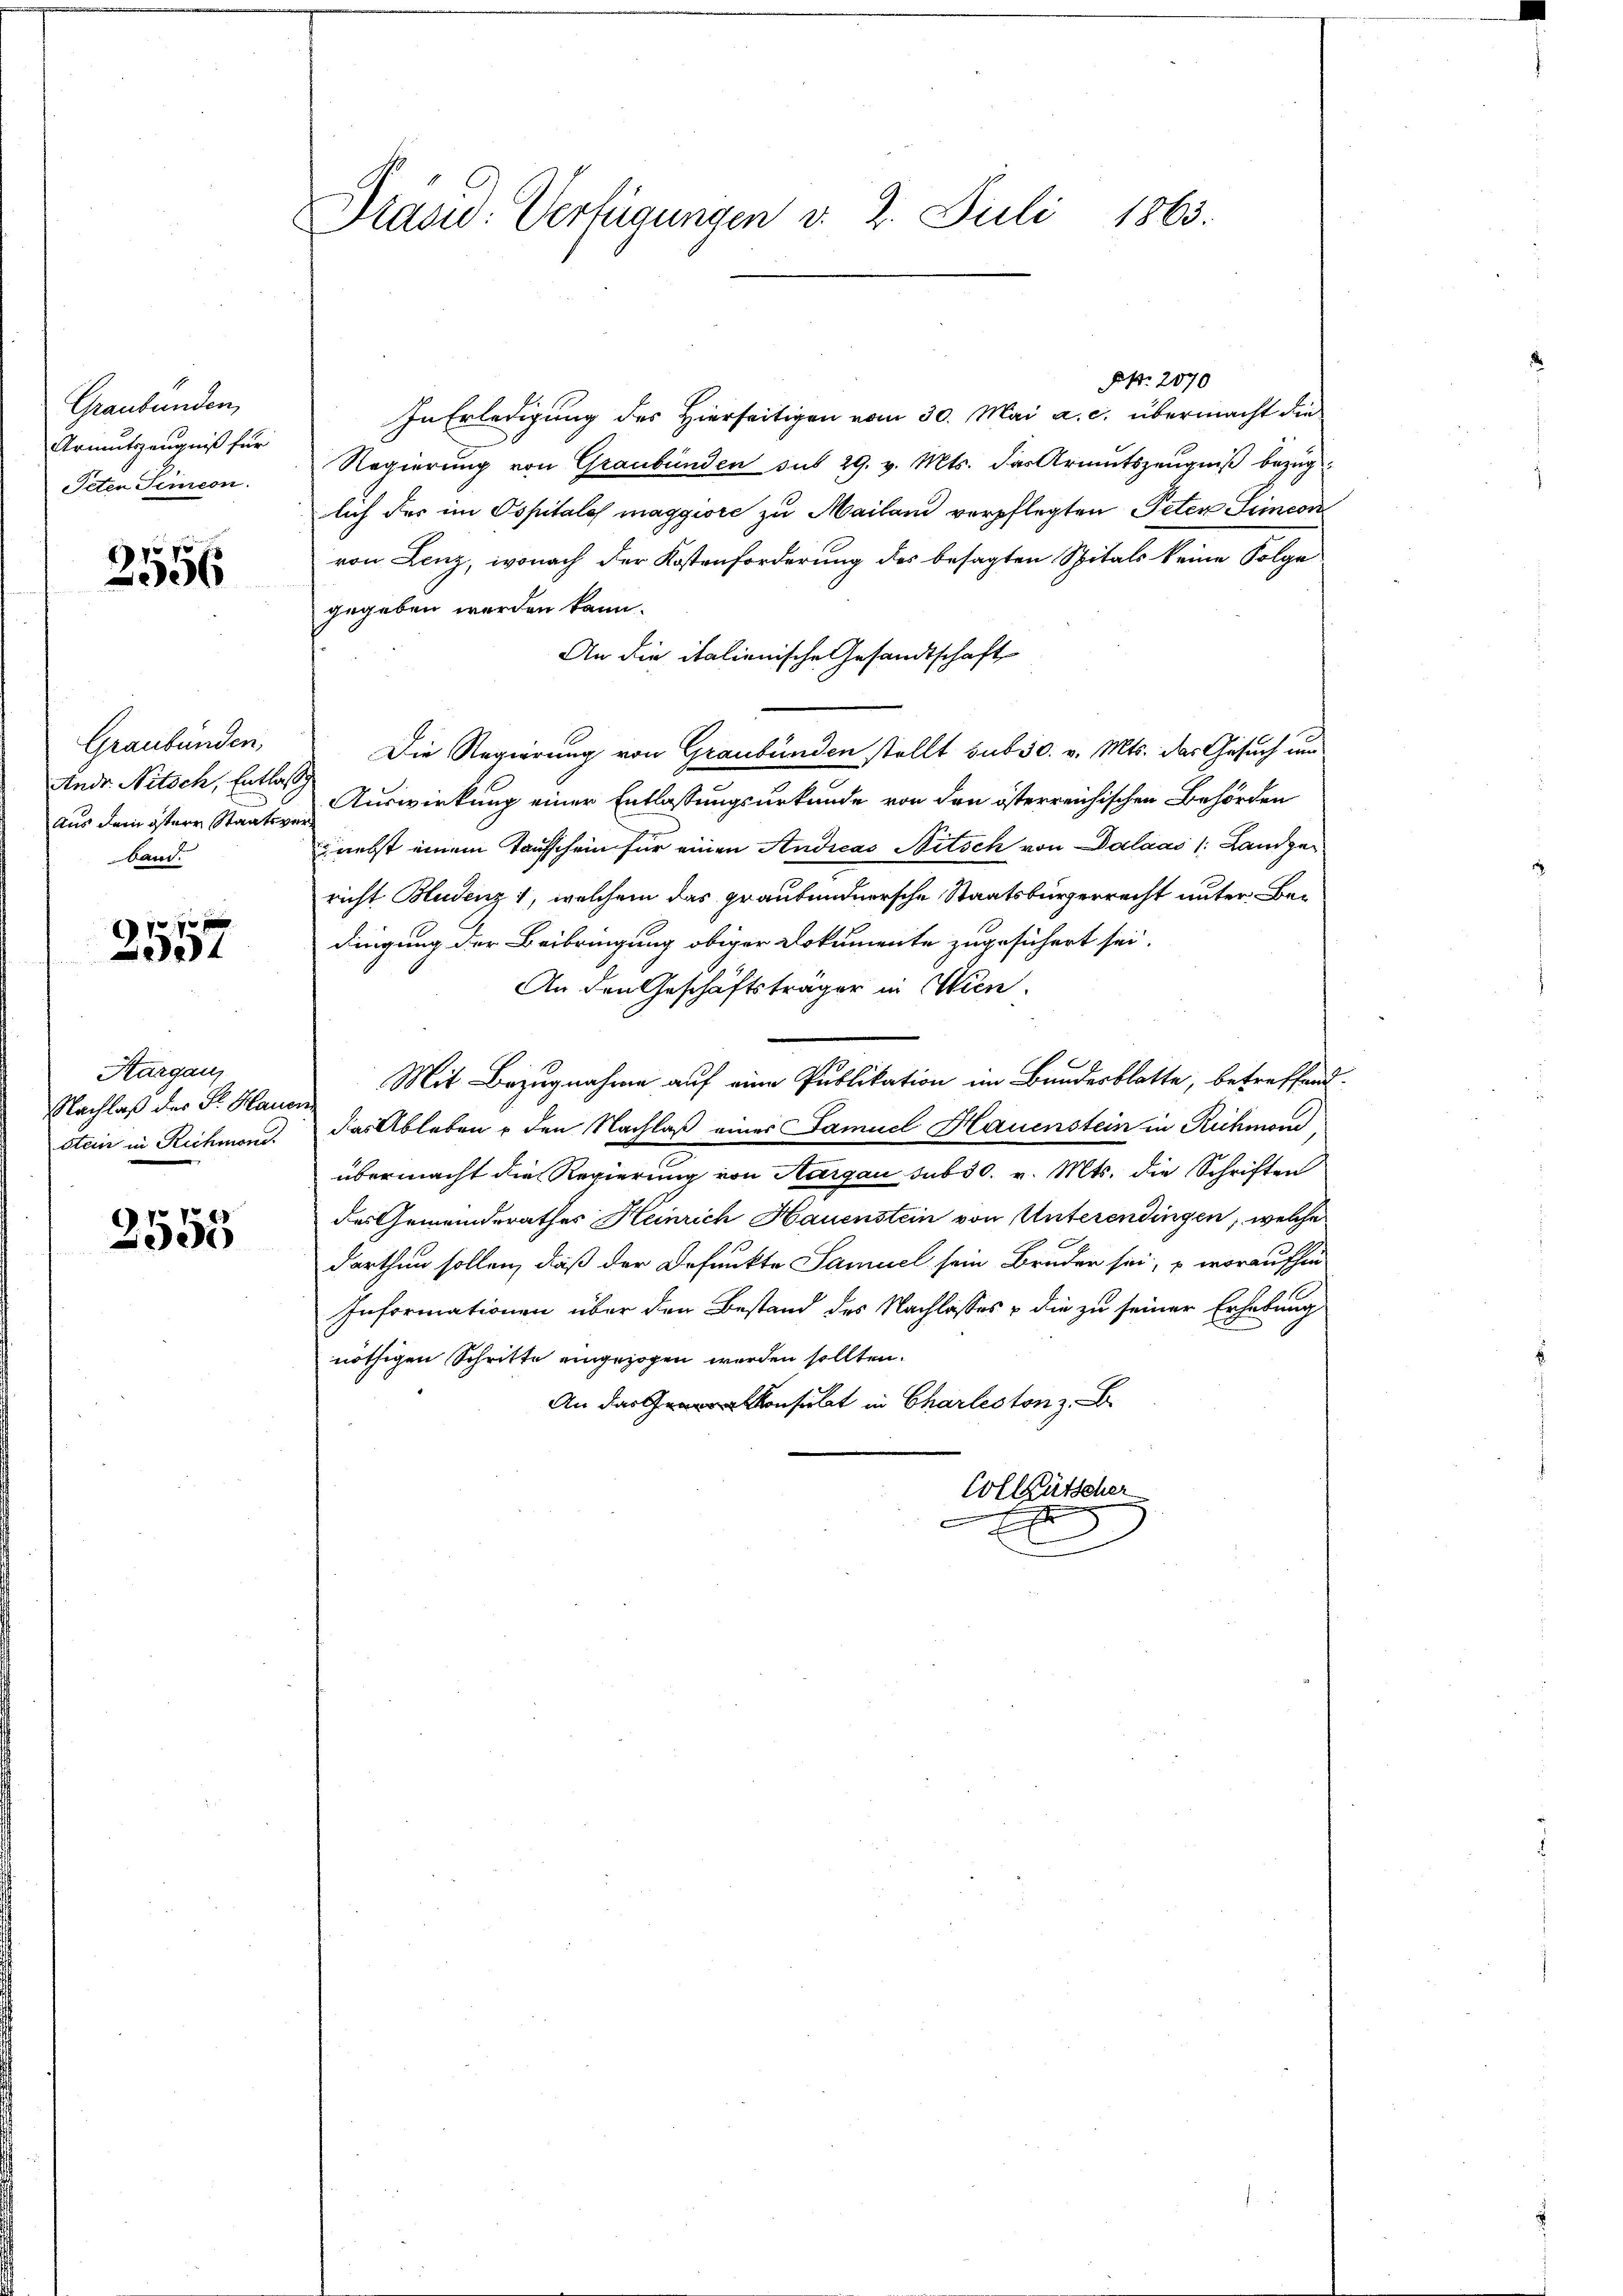
Graubünden,
Armutszeugniß für
Peten Seincon

2556

Graubünden,
Andr. Nitsch, Entlaß
Aus dem östere Staatsverband.

2557

Hargau,
Nachlaß der Dr. Hauen

2555

1863.
Präsid. Verfügungen v. 2. Juli

Frk. 2070
In Erledigung des Hierseitigen vom 30. Mai a. c. übermacht die
Regierung von Graubünden sub 29. v. Mts. das Armutszeugniß bezuglich der im Ospitales maggiore zu Mailand verpflegten Peter Simeon
von Lenz, wonach der Kostenforderung des besagten Spitals keine Folge
gegeben werden kann.
An die italienische Gesandtschaft
Die Regierung von Graubünden stellt sub 30. v. Mts. das Gesuch und
Auswirkung einer Entlassungsurkunde von den österreichischen Behörden
nebst einem Taufschein für einen Andicas Nitsch von Dalaas /: Landgericht Bludenz 1, welchem das graubündnersche Staatsbürgerrecht unter Bedingung der Beibringung obiger Dokumente zugesichert sei.
An den Geschäftsträger in Wien.
Mit Bezugnahme auf eine Publikation im Bundesblatte, betreffend
stein in Richmand das Ableben, den Nachlaß eines Samuel Hauenstein in Rühmend
übermacht die Regierung von Aargau sub 30. v. Mts. die Schriften
des Gemeinderathes Heinrich Hauenstein von Unterendingen, welche
darthun sollen, daß der Defunkte Samuel sein Bruder sei, u. woraufhin
Informationen über den Bestand des Nachlasses & die zu seiner Erhebung
nöthigen Schritte eingezogen werden sollten.
An da konsulat in Charleston z. B.
Collgütscher
xx